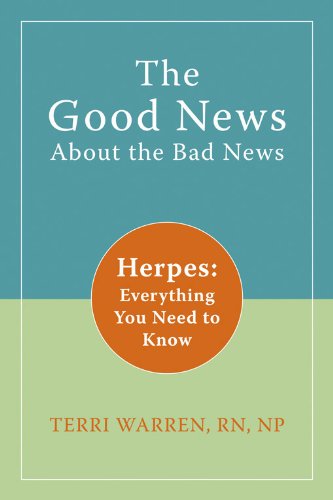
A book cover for The Good News About the Bad News: Herpes: Everything You Need to Know; Terri Warren RN  NP; Health, Fitness & Dieting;